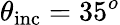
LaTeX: \theta_{\mathrm{inc}}=35^{o}